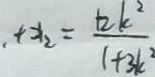
+ x _ { 2 } = \frac { 1 2 k ^ { 2 } } { 1 + 3 k ^ { 2 } }